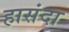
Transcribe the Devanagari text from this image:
हासंदा